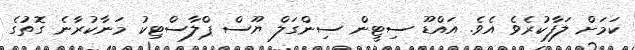
ކަމަށް ލަފާކުރެވެ އެވެ. އައްޑޫ ސިޓީން ސިންގަލް ޔޫސް ޕްލާސްޓިކު މަނާކުރާނެ ގޮތުގެ